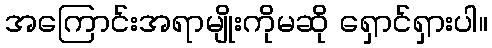
အကြောင်းအရာမျိုးကိုမဆို ရှောင်ရှားပါ။